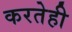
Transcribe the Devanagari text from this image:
करतेही